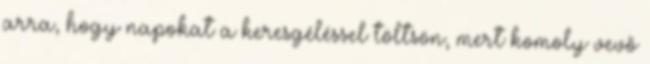
arra, hogy napokat a keresgéléssel töltsön, mert komoly vevő